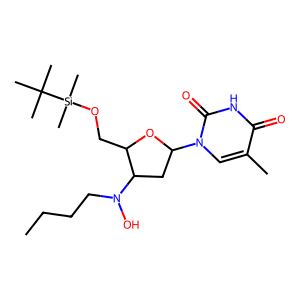
SMILES: CCCCN(O)C1CC(n2cc(C)c(=O)[nH]c2=O)OC1CO[Si](C)(C)C(C)(C)C
Inhibits HIV replication: No